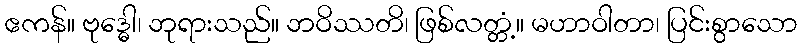
ဧကန်။ ဗုဒ္ဓေါ၊ ဘုရားသည်။ ဘဝိဿတိ၊ ဖြစ်လတ္တံ့။ မဟာဝါတာ၊ ပြင်းစွာသော